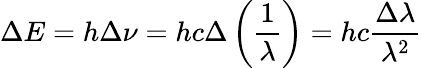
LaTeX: \Delta E=h\Delta\nu=hc\Delta\left({\frac{1}{\lambda}}\right)=hc{\frac{\Delta\lambda}{\lambda^{2}}}